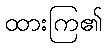
ထားကြ၏